Bombay plague: being a history of the progress of plague in the Bombay presidency from September 1896 to June 1899
Year: 1896
Disease focus: Plague
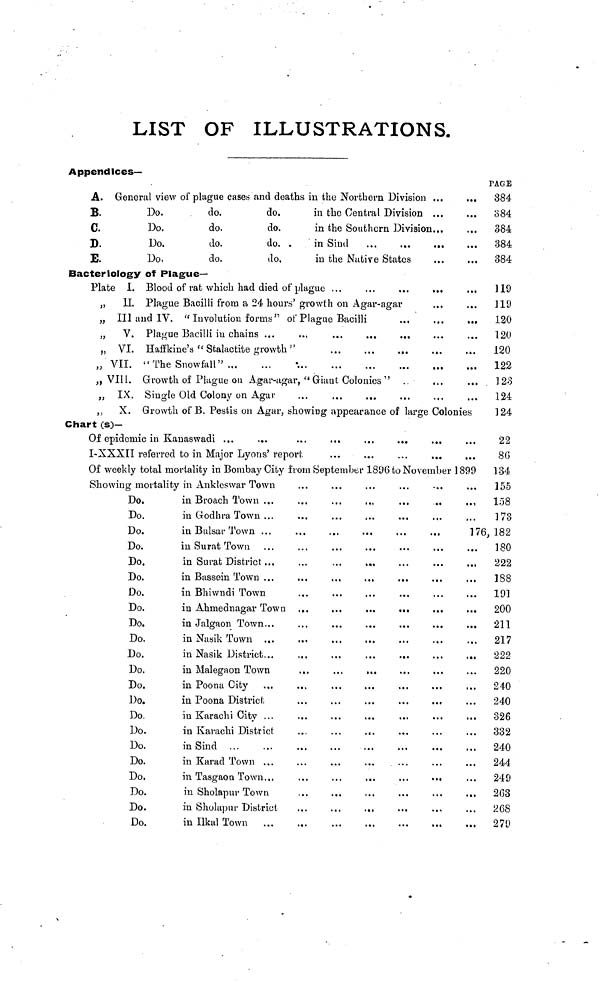
LIST OF ILLUSTRATIONS.
Appendices—
A. General view of plague cases and deaths in the Northern Division
B.
C.
D.
E.
Do.
Do.
Do.
Do.
do.
do.
do.
do.
do,
do.
do.
do,
in the Central Division
in the Southern Division
in the Native States
...
...
...
...
...
...
...
...
PAGE
384
384
384
384
384
Bacteriology of Plague-
Plate I. Blood of rat which had died of plague
,, II. Plague Bacilli from a 24 hours' growth on Agar-agar
„ III and IV. " Involution forms" of Plague Bacilli
„
V. Plague Bacilli in chains ...
„ VI. Haffkine's "Stalactite growth "
„ VII. "The Snowfall"
„ VIII. Growth of Plague ou Agar-agar, "Giant Colonies "
„ IX. Single Old Colony on Agar
...
...
...
...
...
...
...
,, X. Growth of B. Pestis on Agar, showing appearance of large Colonies
119
119
120
120
120
122
123
124
124
chart (S)—
Of epidemic in Kauaswadi ...
I-XXXII referred to in Major Lyons' report
Of weekly total mortality in Bombay City from September 1896 to November 1899
Showing mortality in Anklcswar Town
Do.
Do.
Do.
Do.
Do.
Do.
Do.
Do.
Do.
Do.
Do.
Do.
Do.
Do.
Do.
Do.
Do.
Do.
Do.
Do.
Do.
Do.
in Broach Town ...
in Godhra Town ...
in Bulsar Town . . .
in Su rat Town
in Surat District ...
in Bhiwndi Town
in Ahrnednagar Town
in Nasik Town ...
in Nasik District...
in Malegaon Town
in Poona City
in Poona District
in Karachi City ...
in Karachi District
in Sind
in Karad Town ...
in Tasgaon Town...
in Sholapur Town
in Sholapur District
in Ilkal Town
...
....
...
...
...
...
...
...
...
...
....
....
...
...
...
....
...
176,
. ..
...
...
...
...
...
22
86
134
155
158
173
182
180
222
188
191
200
211
217
222
220
240
240
326
332
240
244
249
263
268
279